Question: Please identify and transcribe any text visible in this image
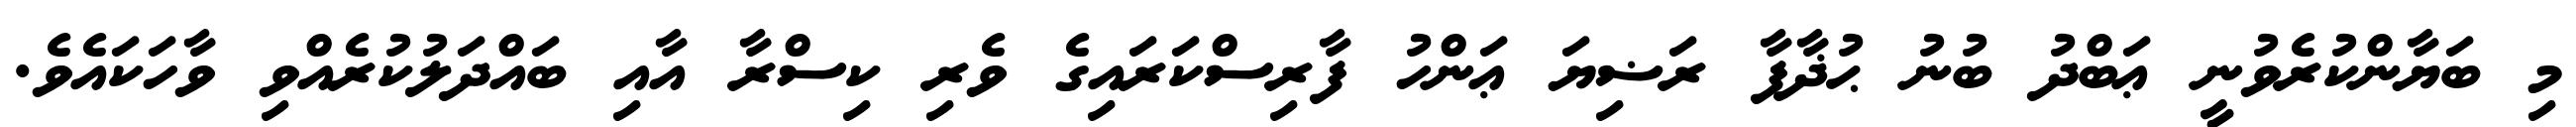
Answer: މި ބަޔާންކުރެވުނީ ޢަބްދު ބުނު ޙުޛާފާ ރަޟިޔަ ޢަންހު ފާރިސްކަރައިގެ ވެރި ކިސްރާ އާއި ބައްދަލުކުރެއްވި ވާހަކައެވެ.